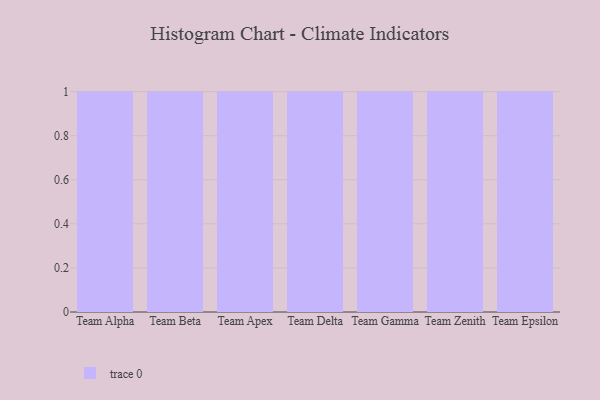
{"axis": {"x": "Team", "y": "Inventory Turnover"}, "legend": [""], "data": [{"x": "Team Alpha", "y": 97, "type": ""}, {"x": "Team Beta", "y": 99, "type": ""}, {"x": "Team Apex", "y": 38, "type": ""}, {"x": "Team Delta", "y": 43, "type": ""}, {"x": "Team Gamma", "y": 6, "type": ""}, {"x": "Team Zenith", "y": 76, "type": ""}, {"x": "Team Epsilon", "y": 52, "type": ""}]}